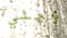
لأجلي